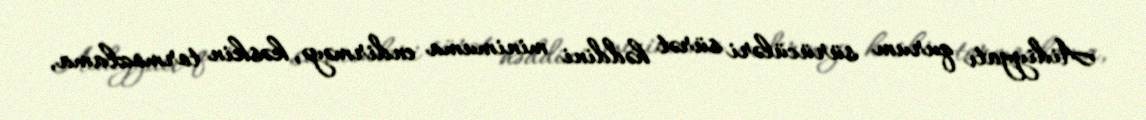
Aidiyyatı qurum sürücüləri sürət həddini minimuma endirməyə, kəskin tormozlama,